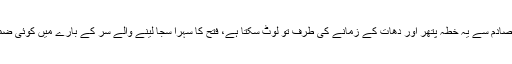
دونوں ممالک ایٹمی طاقت ہیں، اور ایٹمی طاقتوں کے تصادم سے یہ خطہ پتھر اور دھات کے زمانے کی طرف تو لوٹ سکتا ہے، فتح کا سہرا سجا لینے والے سر کے بارے میں کوئی ضمانت نہیں دی جا سکتی کہ اس کا کہیں وجود بھی ہو گا۔